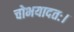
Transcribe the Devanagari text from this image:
चोभयादतः।